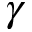
\gamma